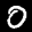
Label: 0